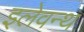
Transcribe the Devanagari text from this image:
इलेवन्थ